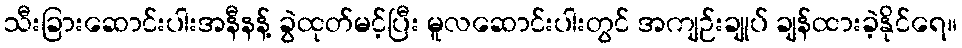
သီးခြားဆောင်းပါးအနီနန့် ခွဲထုတ်မင့်ပြီး မူလဆောင်းပါးတွင် အကျဉ်းချုပ် ချန်ထားခဲ့နိုင်ရေ။